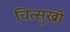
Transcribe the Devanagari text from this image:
चित्सुखी